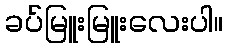
ခပ်မြူးမြူးလေးပါ။